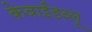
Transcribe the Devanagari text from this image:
केवाईडब्लू